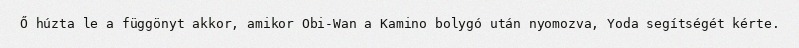
Ő húzta le a függönyt akkor, amikor Obi-Wan a Kamino bolygó után nyomozva, Yoda segítségét kérte.